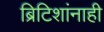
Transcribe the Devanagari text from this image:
ब्रिटिशांनाही